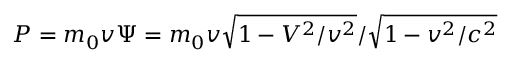
P = m _ { 0 } v \Psi = m _ { 0 } v \sqrt { 1 - V ^ { 2 } / v ^ { 2 } } / \sqrt { 1 - v ^ { 2 } / c ^ { 2 } }